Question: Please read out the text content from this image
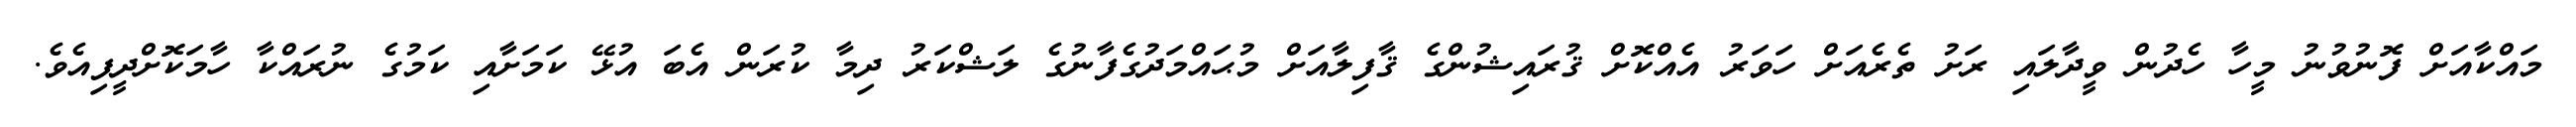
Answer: މައްކާއަށް ފޮނުވުނު މީހާ ހެދުން ވީދާލައި ރަށު ތެރެއަށް ހަވަރު އެއްކޮށް ޤުރައިޝުންގެ ޤާފިލާއަށް މުޙައްމަދުގެފާނުގެ ލަޝްކަރު ދިމާ ކުރަން އެބަ އުޅޭ ކަމަށާއި ކަމުގެ ނުރައްކާ ހާމަކޮށްދީފިއެވެ.